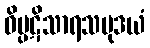
ဝိပ္ပဋိသာရသမုဒယံ